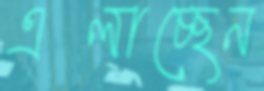
এলাচ্ছেন